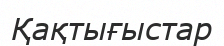
Қақтығыстар